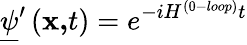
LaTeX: \underline{{{\psi}}}^{\prime}\left(\mathbf{x,}t\right)=e^{-iH^{(0-loop)}t}